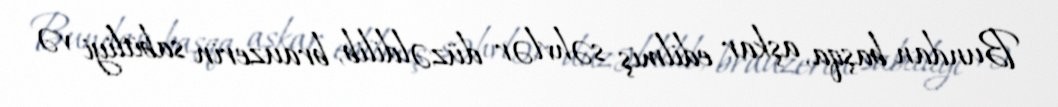
Bundan başqa, aşkar edilmiş səhvlər düzəldilib, brauzerin sabitliyi və